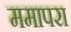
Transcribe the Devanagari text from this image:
ममापरा